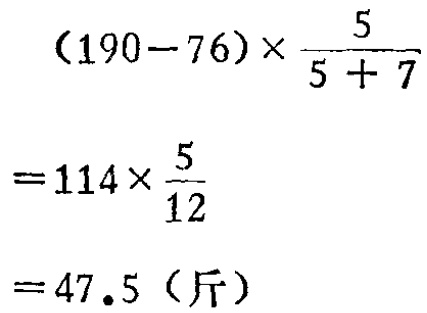
\[
\begin{align*}
&(190 - 76)\times\frac{5}{5 + 7}\\
=&114\times\frac{5}{12}\\
=&47.5 \text{（斤）}
\end{align*}
\]